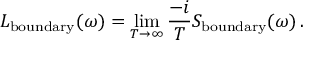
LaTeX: L _ { \mathrm { b o u n d a r y } } ( \omega ) = \operatorname * { l i m } _ { T \to \infty } \frac { - i } { T } S _ { \mathrm { b o u n d a r y } } ( \omega ) \, .